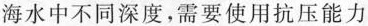
海水中不同深度，需要使用抗压能力